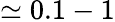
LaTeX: \simeq 0.1-1